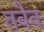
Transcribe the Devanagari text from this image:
तवैव